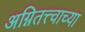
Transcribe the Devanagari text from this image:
अग्नितत्त्वाच्या